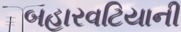
બહારવટિયાની